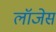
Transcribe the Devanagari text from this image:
लॉजेस